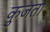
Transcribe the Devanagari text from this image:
कुजता